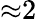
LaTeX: {\approx}2